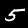
Label: 5